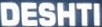
DESHTI